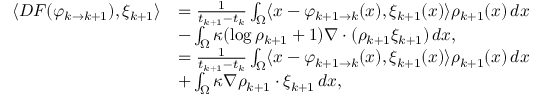
\begin{array} { r l } { \langle D F ( \varphi _ { k \to k + 1 } ) , \xi _ { k + 1 } \rangle } & { = \frac { 1 } { t _ { k + 1 } - t _ { k } } \int _ { \Omega } \langle x - \varphi _ { k + 1 \to k } ( x ) , \xi _ { k + 1 } ( x ) \rangle \rho _ { k + 1 } ( x ) \, d x } \\ & { - \int _ { \Omega } \kappa ( \log \rho _ { k + 1 } + 1 ) \nabla \cdot ( \rho _ { k + 1 } \xi _ { k + 1 } ) \, d x , } \\ & { = \frac { 1 } { t _ { k + 1 } - t _ { k } } \int _ { \Omega } \langle x - \varphi _ { k + 1 \to k } ( x ) , \xi _ { k + 1 } ( x ) \rangle \rho _ { k + 1 } ( x ) \, d x } \\ & { + \int _ { \Omega } \kappa \nabla \rho _ { k + 1 } \cdot \xi _ { k + 1 } \, d x , } \end{array}